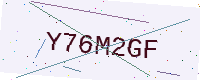
Text: Y76M2GF